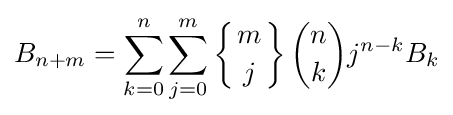
B_{n+m}=\sum _{k=0}^{n}\sum _{j=0}^{m}\left\{{m \atop j}\right\}{n \choose k}j^{n-k}B_{k}